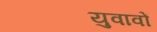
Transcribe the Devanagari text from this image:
युवावों